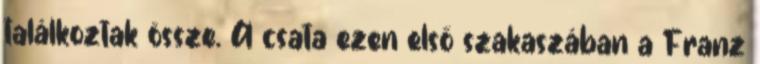
találkoztak össze. A csata ezen első szakaszában a Franz